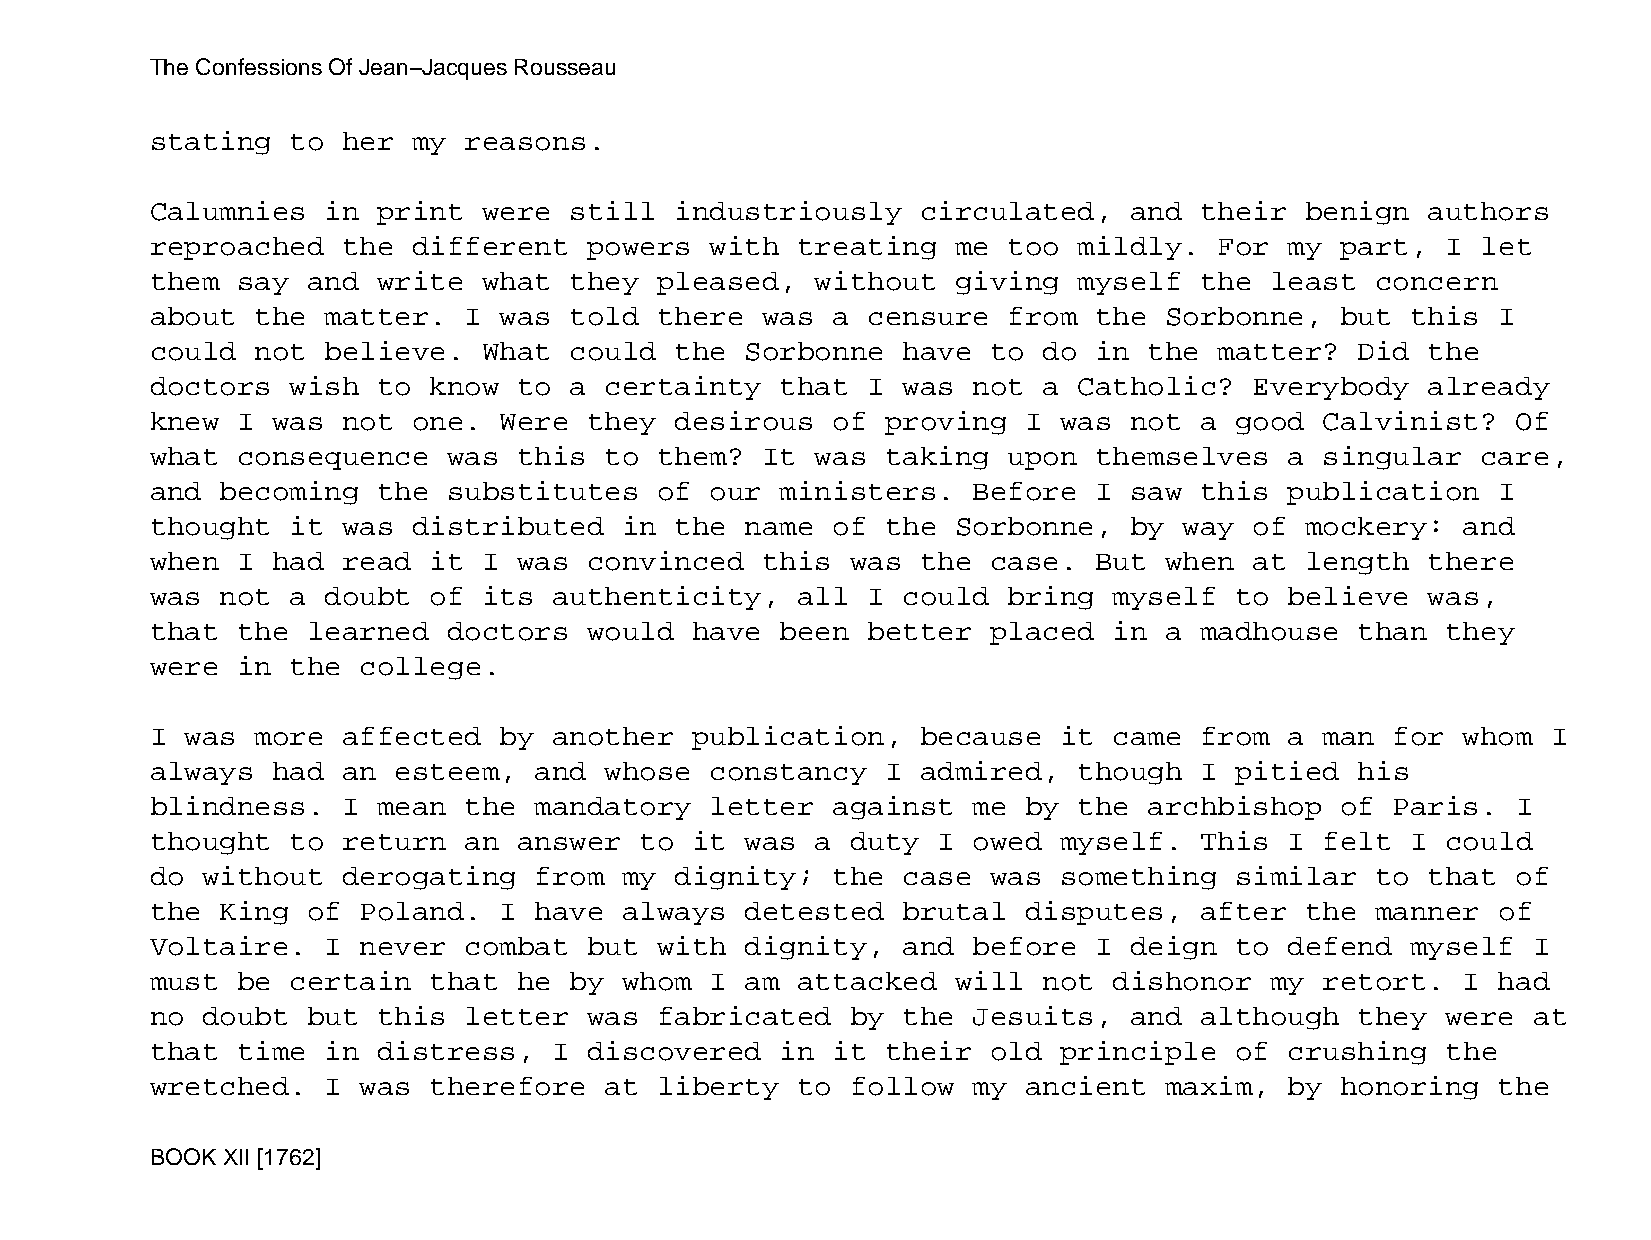
The Confessions Of Jean−Jacques Rousseau
 stating  to  her my  reasons.
 Calumnies   in print  were  still  industriously   circulated,   and their  benign   authors
 reproached   the different   powers  with  treating  me  too mildly.   For my  part,  I let
 them  say and  write  what  they  pleased,  without  giving  myself  the  least  concern
 about  the  matter.  I was  told  there was  a censure   from the  Sorbonne,   but this  I
 could  not  believe.  What  could  the Sorbonne   have  to do in  the  matter?  Did  the
 doctors  wish  to know  to  a certainty   that I  was not  a Catholic?   Everybody   already
 knew  I was  not one.  Were  they  desirous  of  proving  I was  not a  good  Calvinist?  Of
 what  consequence   was this  to  them? It  was  taking  upon themselves   a  singular  care,
 and  becoming  the  substitutes   of our  ministers.  Before  I  saw this  publication   I
 thought  it  was distributed   in  the name  of  the Sorbonne,   by way  of mockery:   and
 when  I had  read it  I was  convinced  this  was  the  case. But  when  at length   there
 was  not a  doubt of  its  authenticity,   all I  could  bring  myself  to believe   was,
 that  the learned   doctors  would  have  been better   placed  in a madhouse   than  they
 were  in the  college.
 I was  more  affected  by  another  publication,   because  it  came from  a  man for  whom  I
 always  had  an esteem,  and  whose  constancy   I admired,  though  I  pitied  his
 blindness.   I mean  the mandatory   letter  against  me  by the  archbishop   of Paris.  I
 thought  to  return  an answer  to  it was  a duty  I owed  myself.  This  I  felt I  could
 do without   derogating  from  my  dignity;  the  case  was something   similar  to  that of
 the  King of  Poland.  I have  always  detested   brutal  disputes,  after  the  manner  of
 Voltaire.   I never  combat  but  with dignity,   and before  I  deign  to defend  myself  I
 must  be certain  that  he  by whom  I am  attacked  will  not  dishonor  my  retort.  I had
 no doubt  but  this  letter  was  fabricated  by  the Jesuits,   and although   they  were at
 that  time  in distress,   I discovered   in it  their  old principle   of crushing   the
 wretched.   I was therefore   at  liberty  to follow  my  ancient  maxim,  by  honoring  the
 BOOK XII [1762]